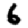
Digit: 6